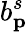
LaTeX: b_{\textbf{p}}^{s}